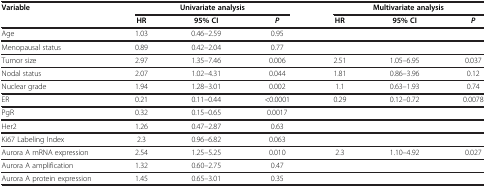
<table><thead><tr><td><b>Variable</b></td><td colspan="3"><b>Univariate analysis</b></td><td colspan="3"><b>Multivariate analysis</b></td></tr><tr><td><b> </b></td><td><b>HR</b></td><td><b>95% CI</b></td><td><b><i>P</i></b></td><td><b>HR</b></td><td><b>95% CI</b></td><td><b><i>P</i></b></td></tr></thead><tbody><tr><td>Age</td><td>1.03</td><td>0.46–2.59</td><td>0.95</td><td> </td><td> </td><td> </td></tr><tr><td>Menopausal status</td><td>0.89</td><td>0.42–2.04</td><td>0.77</td><td> </td><td> </td><td> </td></tr><tr><td>Tumor size</td><td>2.97</td><td>1.35–7.46</td><td>0.006</td><td>2.51</td><td>1.05–6.95</td><td>0.037</td></tr><tr><td>Nodal status</td><td>2.07</td><td>1.02–4.31</td><td>0.044</td><td>1.81</td><td>0.86–3.96</td><td>0.12</td></tr><tr><td>Nuclear grade</td><td>1.94</td><td>1.28–3.01</td><td>0.002</td><td>1.1</td><td>0.63–1.93</td><td>0.74</td></tr><tr><td>ER</td><td>0.21</td><td>0.11–0.44</td><td>&lt;0.0001</td><td>0.29</td><td>0.12–0.72</td><td>0.0078</td></tr><tr><td>PgR</td><td>0.32</td><td>0.15–0.65</td><td>0.0017</td><td> </td><td> </td><td> </td></tr><tr><td>Her2</td><td>1.26</td><td>0.47–2.87</td><td>0.63</td><td> </td><td> </td><td> </td></tr><tr><td>Ki67 Labeling Index</td><td>2.3</td><td>0.96–6.82</td><td>0.063</td><td> </td><td> </td><td> </td></tr><tr><td>Aurora A mRNA expression</td><td>2.54</td><td>1.25–5.25</td><td>0.010</td><td>2.3</td><td>1.10–4.92</td><td>0.027</td></tr><tr><td>Aurora A amplification</td><td>1.32</td><td>0.60–2.75</td><td>0.47</td><td> </td><td> </td><td> </td></tr><tr><td>Aurora A protein expression</td><td>1.45</td><td>0.65–3.01</td><td>0.35</td><td> </td><td> </td><td> </td></tr></tbody></table>